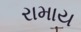
રામાય